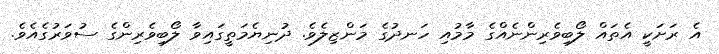
އެ ރަށަކީ އެތައް ލޯބިވެރިންނެއްގެ މާމުއި ހަނދުގެ މަންޒިލެވެ. ދުނިޔެމަތީގައިވާ ލޯބިވެރިންގެ ސުވަރުގެއެވެ.